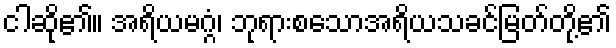
ငါဆို၏။ အရိယမဂ္ဂံ၊ ဘုရားစသောအရိယသခင်မြတ်တို့၏